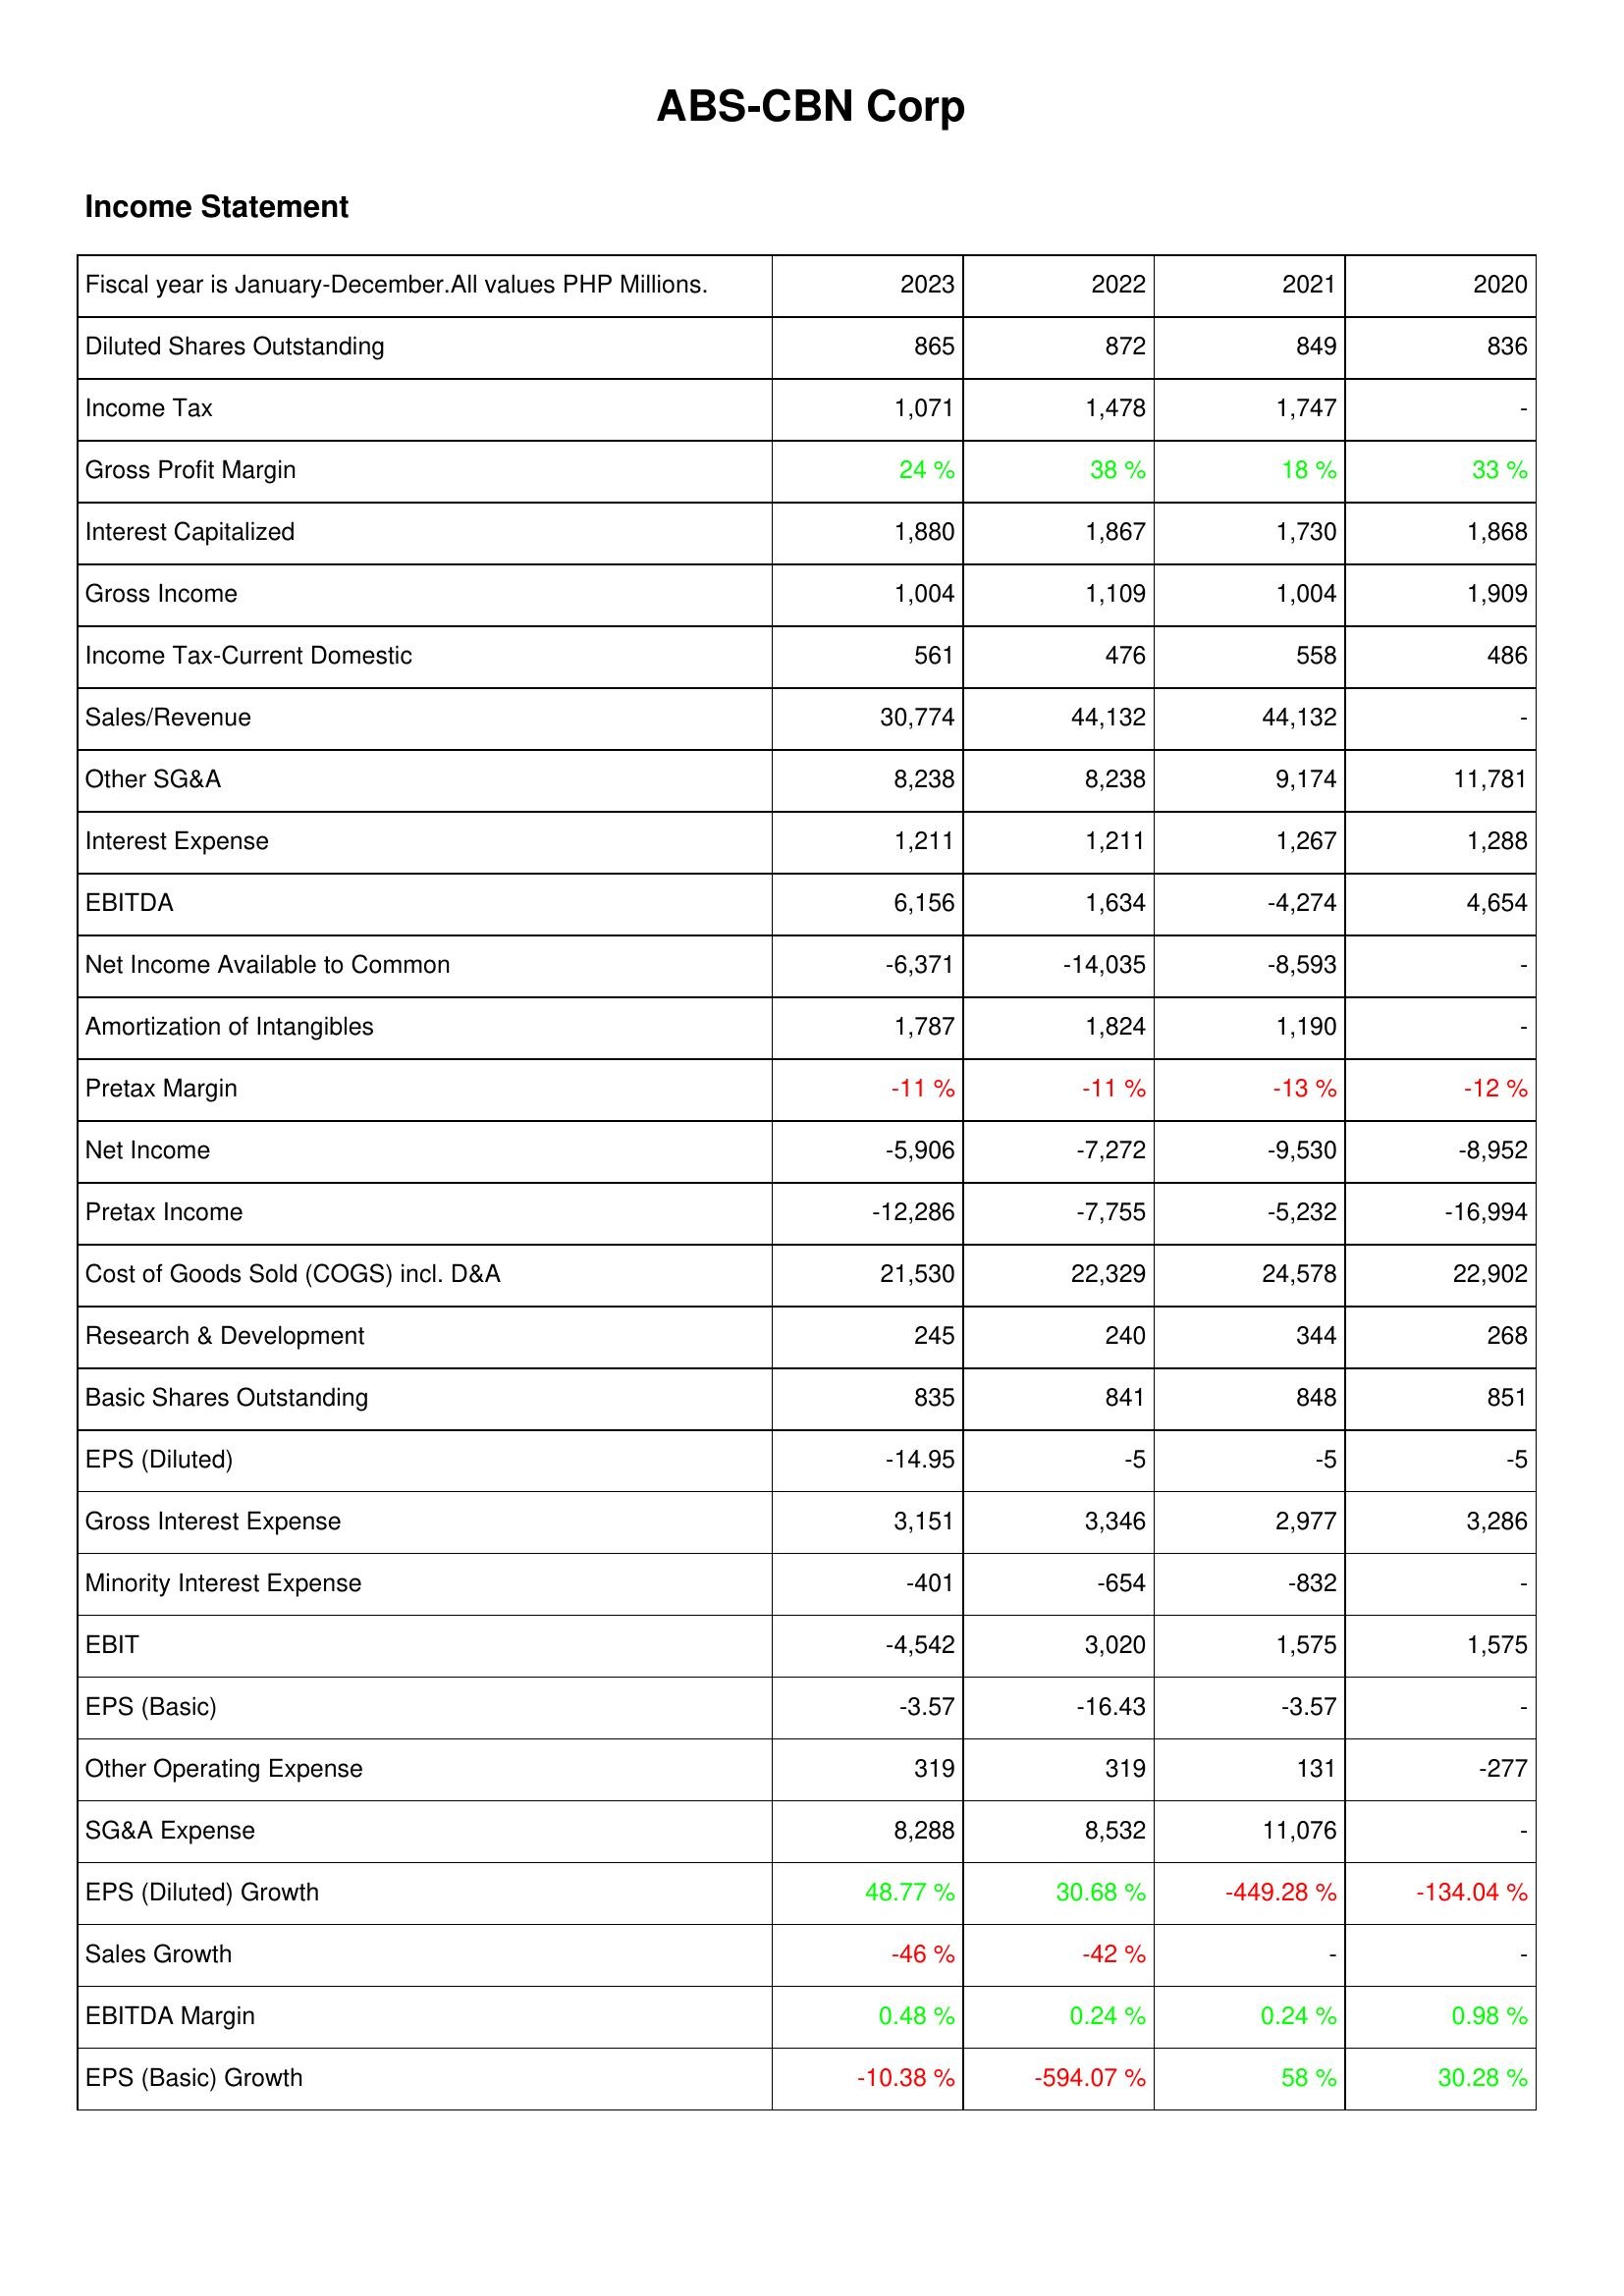
2023: Income Statement: Diluted Shares Outstanding: 865
Income Tax: 1,071
Gross Profit Margin: 24 %
Interest Capitalized: 1,880
Gross Income: 1,004
Income Tax-Current Domestic: 561
Sales/Revenue: 30,774
Other SG&A: 8,238
Interest Expense: 1,211
EBITDA: 6,156
Net Income Available to Common: -6,371
Amortization of Intangibles: 1,787
Pretax Margin: -11 %
Net Income: -5,906
Pretax Income: -12,286
Cost of Goods Sold (COGS) incl. D&A: 21,530
Research & Development: 245
Basic Shares Outstanding: 835
EPS (Diluted): -14.95
Gross Interest Expense: 3,151
Minority Interest Expense: -401
EBIT: -4,542
EPS (Basic): -3.57
Other Operating Expense: 319
SG&A Expense: 8,288
EPS (Diluted) Growth: 48.77 %
Sales Growth: -46 %
EBITDA Margin: 0.48 %
EPS (Basic) Growth: -10.38 %
2022: Income Statement: Diluted Shares Outstanding: 872
Income Tax: 1,478
Gross Profit Margin: 38 %
Interest Capitalized: 1,867
Gross Income: 1,109
Income Tax-Current Domestic: 476
Sales/Revenue: 44,132
Other SG&A: 8,238
Interest Expense: 1,211
EBITDA: 1,634
Net Income Available to Common: -14,035
Amortization of Intangibles: 1,824
Pretax Margin: -11 %
Net Income: -7,272
Pretax Income: -7,755
Cost of Goods Sold (COGS) incl. D&A: 22,329
Research & Development: 240
Basic Shares Outstanding: 841
EPS (Diluted): -5
Gross Interest Expense: 3,346
Minority Interest Expense: -654
EBIT: 3,020
EPS (Basic): -16.43
Other Operating Expense: 319
SG&A Expense: 8,532
EPS (Diluted) Growth: 30.68 %
Sales Growth: -42 %
EBITDA Margin: 0.24 %
EPS (Basic) Growth: -594.07 %
2021: Income Statement: Diluted Shares Outstanding: 849
Income Tax: 1,747
Gross Profit Margin: 18 %
Interest Capitalized: 1,730
Gross Income: 1,004
Income Tax-Current Domestic: 558
Sales/Revenue: 44,132
Other SG&A: 9,174
Interest Expense: 1,267
EBITDA: -4,274
Net Income Available to Common: -8,593
Amortization of Intangibles: 1,190
Pretax Margin: -13 %
Net Income: -9,530
Pretax Income: -5,232
Cost of Goods Sold (COGS) incl. D&A: 24,578
Research & Development: 344
Basic Shares Outstanding: 848
EPS (Diluted): -5
Gross Interest Expense: 2,977
Minority Interest Expense: -832
EBIT: 1,575
EPS (Basic): -3.57
Other Operating Expense: 131
SG&A Expense: 11,076
EPS (Diluted) Growth: -449.28 %
Sales Growth: -
EBITDA Margin: 0.24 %
EPS (Basic) Growth: 58 %
2020: Income Statement: Diluted Shares Outstanding: 836
Income Tax: -
Gross Profit Margin: 33 %
Interest Capitalized: 1,868
Gross Income: 1,909
Income Tax-Current Domestic: 486
Sales/Revenue: -
Other SG&A: 11,781
Interest Expense: 1,288
EBITDA: 4,654
Net Income Available to Common: -
Amortization of Intangibles: -
Pretax Margin: -12 %
Net Income: -8,952
Pretax Income: -16,994
Cost of Goods Sold (COGS) incl. D&A: 22,902
Research & Development: 268
Basic Shares Outstanding: 851
EPS (Diluted): -5
Gross Interest Expense: 3,286
Minority Interest Expense: -
EBIT: 1,575
EPS (Basic): -
Other Operating Expense: -277
SG&A Expense: -
EPS (Diluted) Growth: -134.04 %
Sales Growth: -
EBITDA Margin: 0.98 %
EPS (Basic) Growth: 30.28 %